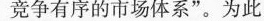
竞争有序的市场体系”。为此，